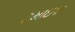
ટમાઇકા